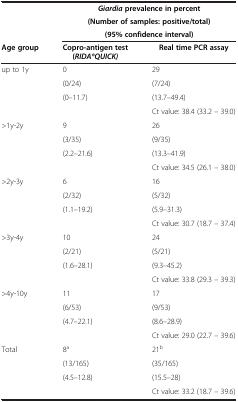
<table><thead><tr><td rowspan="3"><b> </b></td><td colspan="2"><b><i>Giardia </i>prevalence in percent</b></td></tr><tr><td colspan="2"><b>(Number of samples: positive/total)</b></td></tr><tr><td colspan="2"><b>(95% confidence interval)</b></td></tr><tr><td><b>Age group</b></td><td><b>Copro-antigen test (<i>RIDA<sup>®</sup>QUICK)</i></b></td><td><b>Real time PCR assay</b></td></tr></thead><tbody><tr><td rowspan="4">up to 1y</td><td>0</td><td>29</td></tr><tr><td>(0/24)</td><td>(7/24)</td></tr><tr><td>(0–11.7)</td><td>(13.7–49.4)</td></tr><tr><td> </td><td>Ct value: 38.4 (33.2 – 39.0)</td></tr><tr><td rowspan="4">&gt;1y-2y</td><td>9</td><td>26</td></tr><tr><td>(3/35)</td><td>(9/35)</td></tr><tr><td>(2.2–21.6)</td><td>(13.3–41.9)</td></tr><tr><td> </td><td>Ct value: 34.5 (26.1 – 38.0)</td></tr><tr><td rowspan="4">&gt;2y-3y</td><td>6</td><td>16</td></tr><tr><td>(2/32)</td><td>(5/32)</td></tr><tr><td>(1.1–19.2)</td><td>(5.9–31.3)</td></tr><tr><td> </td><td>Ct value: 30.7 (18.7 – 37.4)</td></tr><tr><td rowspan="4">&gt;3y-4y</td><td>10</td><td>24</td></tr><tr><td>(2/21)</td><td>(5/21)</td></tr><tr><td>(1.6–28.1)</td><td>(9.3–45.2)</td></tr><tr><td> </td><td>Ct value: 33.8 (29.3 – 39.3)</td></tr><tr><td rowspan="4">&gt;4y-10y</td><td>11</td><td>17</td></tr><tr><td>(6/53)</td><td>(9/53)</td></tr><tr><td>(4.7–22.1)</td><td>(8.6–28.9)</td></tr><tr><td> </td><td>Ct value: 29.0 (22.7 – 39.6)</td></tr><tr><td rowspan="4">Total</td><td>8<sup>a</sup></td><td>21<sup>b</sup></td></tr><tr><td>(13/165)</td><td>(35/165)</td></tr><tr><td rowspan="2">(4.5–12.8)</td><td>(15.5–28)</td></tr><tr><td>Ct value: 33.2 (18.7 – 39.6)</td></tr></tbody></table>